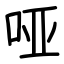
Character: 哑